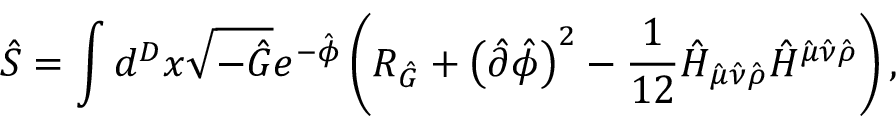
\hat { S } = \int d ^ { D } x \sqrt { - \hat { G } } e ^ { - \hat { \phi } } \left( R _ { \hat { G } } + \left( \hat { \partial } \hat { \phi } \right) ^ { 2 } - \frac { 1 } { 1 2 } \hat { H } _ { \hat { \mu } \hat { \nu } \hat { \rho } } \hat { H } ^ { \hat { \mu } \hat { \nu } \hat { \rho } } \right) ,